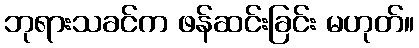
ဘုရားသခင်က ဖန်ဆင်းခြင်း မဟုတ်။